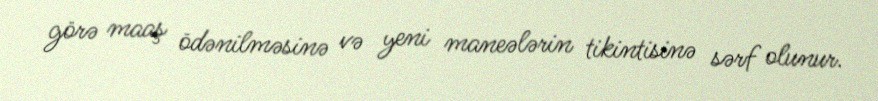
görə maaş ödənilməsinə və yeni maneələrin tikintisinə sərf olunur.